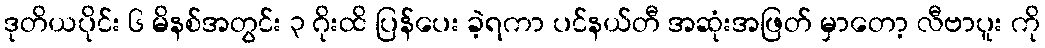
ဒုတိယပိုင်း ၆ မိနစ်အတွင်း ၃ ဂိုးထိ ပြန်ပေး ခဲ့ရကာ ပင်နယ်တီ အဆုံးအဖြတ် မှာတော့ လီဗာပူး ကို